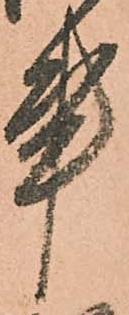
事